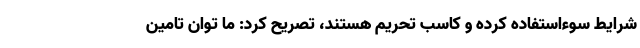
شرایط سوءاستفاده کرده و کاسب تحریم هستند، تصریح کرد: ما توان تامین